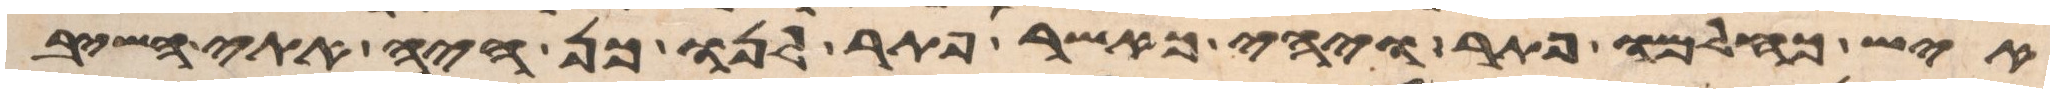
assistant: איש כחלמו פתר ויהי כאשר פתר לנו כן היה אתי השיב